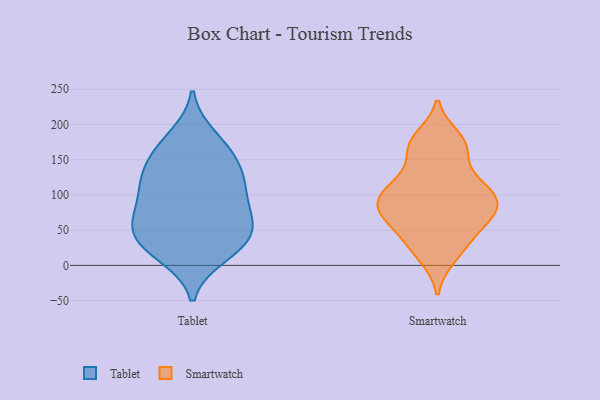
{"axis": {"x": "Market Share (%)", "y": "Value"}, "legend": ["Smartwatch", "Tablet"], "data": [{"x": "", "y": 65, "type": "Tablet"}, {"x": "", "y": 110, "type": "Tablet"}, {"x": "", "y": 26, "type": "Tablet"}, {"x": "", "y": 97, "type": "Tablet"}, {"x": "", "y": 175, "type": "Tablet"}, {"x": "", "y": 55, "type": "Tablet"}, {"x": "", "y": 34, "type": "Tablet"}, {"x": "", "y": 123, "type": "Tablet"}, {"x": "", "y": 84, "type": "Tablet"}, {"x": "", "y": 131, "type": "Tablet"}, {"x": "", "y": 184, "type": "Tablet"}, {"x": "", "y": 144, "type": "Tablet"}, {"x": "", "y": 15, "type": "Tablet"}, {"x": "", "y": 162, "type": "Tablet"}, {"x": "", "y": 95, "type": "Tablet"}, {"x": "", "y": 13, "type": "Tablet"}, {"x": "", "y": 138, "type": "Tablet"}, {"x": "", "y": 52, "type": "Tablet"}, {"x": "", "y": 55, "type": "Tablet"}, {"x": "", "y": 44, "type": "Tablet"}, {"x": "", "y": 165, "type": "Smartwatch"}, {"x": "", "y": 33, "type": "Smartwatch"}, {"x": "", "y": 182, "type": "Smartwatch"}, {"x": "", "y": 69, "type": "Smartwatch"}, {"x": "", "y": 11, "type": "Smartwatch"}, {"x": "", "y": 44, "type": "Smartwatch"}, {"x": "", "y": 77, "type": "Smartwatch"}, {"x": "", "y": 80, "type": "Smartwatch"}, {"x": "", "y": 125, "type": "Smartwatch"}, {"x": "", "y": 78, "type": "Smartwatch"}, {"x": "", "y": 99, "type": "Smartwatch"}, {"x": "", "y": 167, "type": "Smartwatch"}, {"x": "", "y": 106, "type": "Smartwatch"}, {"x": "", "y": 110, "type": "Smartwatch"}]}